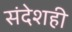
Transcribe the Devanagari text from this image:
संदेशही